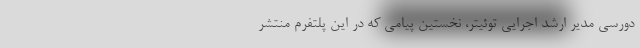
دورسی مدیر ارشد اجرایی توئیتر، نخستین پیامی که در این پلتفرم منتشر